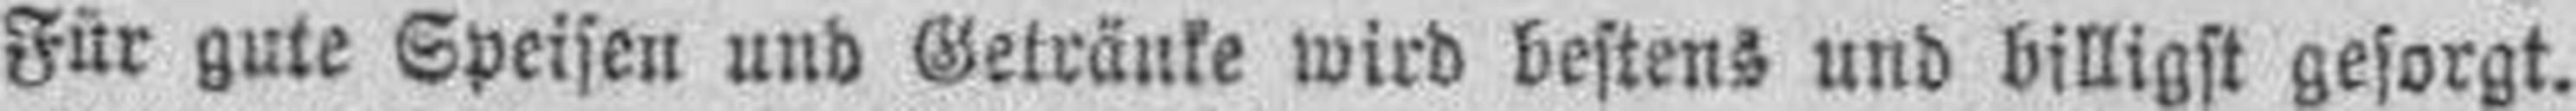
Für gute Speisen und Getränke wird bestens und billigst gesorgt.